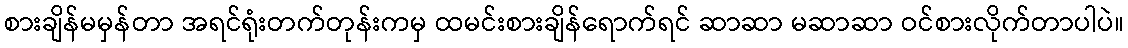
စားချိန်မမှန်တာ အရင်ရုံးတက်တုန်းကမှ ထမင်းစားချိန်ရောက်ရင် ဆာဆာ မဆာဆာ ဝင်စားလိုက်တာပါပဲ။